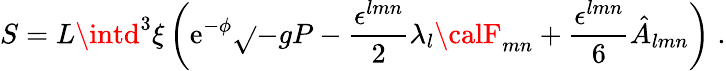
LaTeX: S=L\intd^{3}\xi\left(\mathrm{e}^{-\phi}\sqrt{}{{-gP}}-\frac{{\epsilon^{lmn}}}{{2}}\lambda_{l}{\calF}_{mn}+\frac{{\epsilon^{lmn}}}{{6}}\hat{{A}}_{lmn}\right)\; .